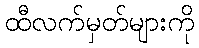
ထီလက်မှတ်များကို